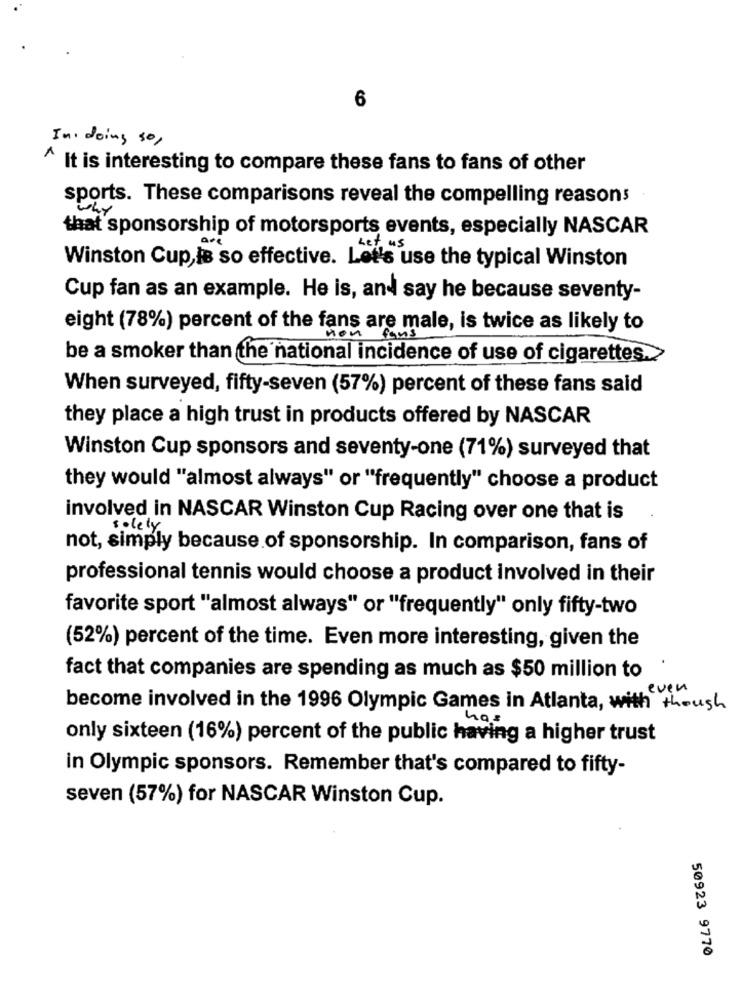
6
In doing so,
^ It is interesting to compare these fans to fans of other
sports. These comparisons reveal the compelling reasons
that sponsorship of motorsports events, especially NASCAR
are
Winston Cup,is so effective. Let's use the typical Winston
Cup fan as an example. He is, and say he because seventy-
eight (78%) percent of the fans are male, is twice as likely to
non
fans
be a smoker than the national incidence of use of cigarettes.
When surveyed, fifty-seven (57%) percent of these fans said
they place a high trust in products offered by NASCAR
Winston Cup sponsors and seventy-one (71%) surveyed that
they would "almost always" or "frequently" choose a product
involved in NASCAR Winston Cup Racing over one that is
solely
not, simply because of sponsorship. In comparison, fans of
professional tennis would choose a product Involved in their
favorite sport "almost always" or "frequently" only fifty-two
(52%) percent of the time. Even more interesting, given the
fact that companies are spending as much as $50 million to
become involved in the 1996 Olympic Games in Atlanta, with though
has
only sixteen (16%) percent of the public having a higher trust
in Olympic sponsors. Remember that's compared to fifty-
seven (57%) for NASCAR Winston Cup.
50923 9770